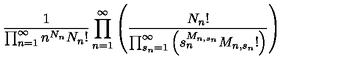
\frac { 1 } { \prod _ { n = 1 } ^ { \infty } n ^ { N _ { n } } N _ { n } ! } \prod _ { n = 1 } ^ { \infty } \left( \frac { N _ { n } ! } { \prod _ { s _ { n } = 1 } ^ { \infty } \left( s _ { n } ^ { M _ { n , s _ { n } } } M _ { n , s _ { n } } ! \right) } \right)